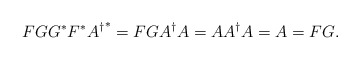
\begin{align*}FGG^*F^*{A^{\dagger}}^*=FGA^{\dagger}A=AA^{\dagger}A=A=FG.\end{align*}